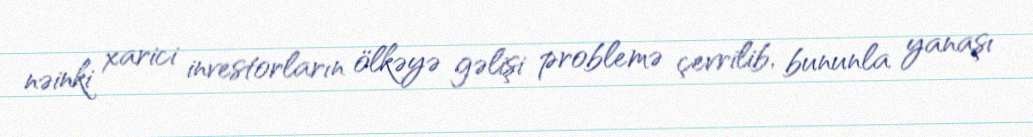
nəinki xarici investorların ölkəyə gəlişi problemə çevrilib, bununla yanaşı